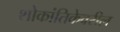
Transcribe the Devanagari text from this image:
शोकांतिकेवरील